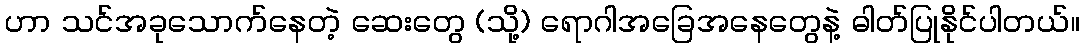
ဟာ သင်အခုသောက်နေတဲ့ ဆေးတွေ (သို့) ရောဂါအခြေအနေတွေနဲ့ ဓါတ်ပြုနိုင်ပါတယ်။